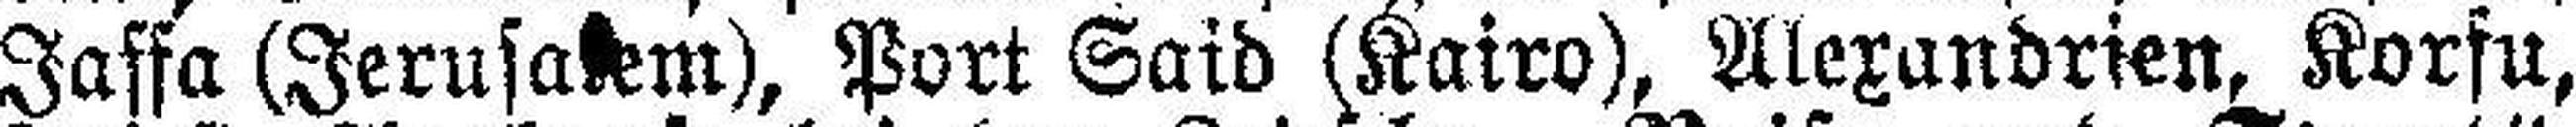
Jaffa (Jerusalem), Port Said (Kairo), Alexandrien, Korfu,